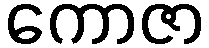
ကောဇာ